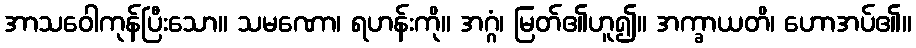
အာသဝေါကုန်ပြီးသော။ သမဏော၊ ရဟန်းကို။ အဂ္ဂံ၊ မြတ်၏ဟူ၍။ အက္ခာယတိ၊ ဟောအပ်၏။